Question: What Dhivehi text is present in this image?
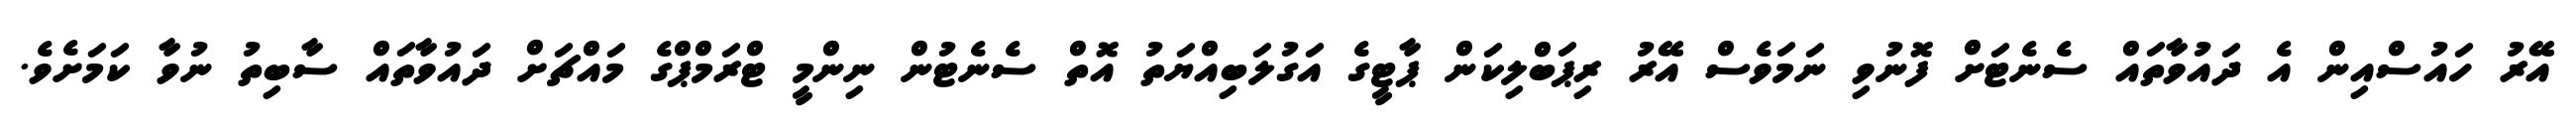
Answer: އޭރު ހައުސްއިން އެ ދައުވާތައް ސެނެޓަށް ފޮނުވި ނަމަވެސް އޭރު ރިޕަބްލިކަން ޕާޓީގެ އަގުލަބިއްޔަތު އޮތް ސެނެޓުން ނިންމީ ޓްރަމްޕްގެ މައްޗަށް ދައުވާތައް ސާބިތު ނުވާ ކަމަށެވެ.